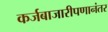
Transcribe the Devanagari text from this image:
कर्जबाजारीपणानंतर